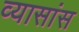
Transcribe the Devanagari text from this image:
व्यासांस